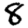
Digit: 8